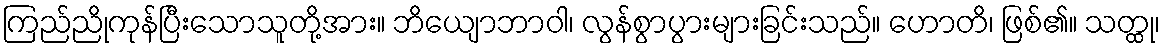
ကြည်ညိုကုန်ပြီးသောသူတို့အား။ ဘိယျောဘာဝါ၊ လွန်စွာပွားများခြင်းသည်။ ဟောတိ၊ ဖြစ်၏။ သတ္ထု၊